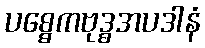
ပစ္စေကဗုဒ္ဓအပဒါနံ